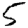
Digit: 5